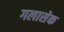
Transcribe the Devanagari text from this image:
गलासेक